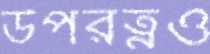
উপরত্নও